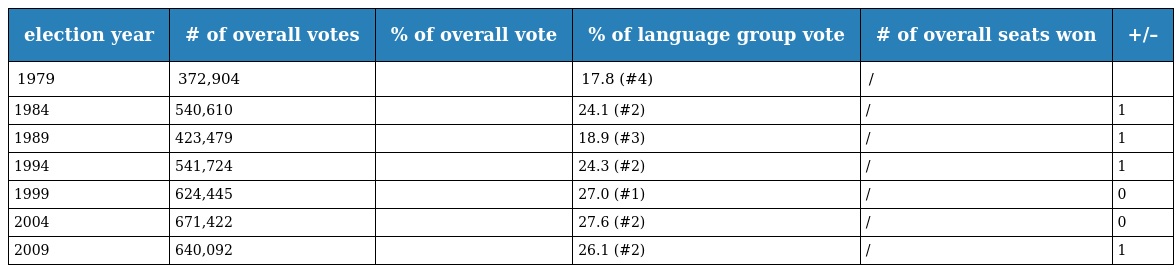
| election year | # of overall votes | % of overall vote | % of language group vote | # of overall seats won | +/– |
 | --- | --- | --- | --- | --- | --- |
 | 1979 | 372,904 |  | 17.8 (#4) | / |  |
 | 1984 | 540,610 |  | 24.1 (#2) | / | 1 |
 | 1989 | 423,479 |  | 18.9 (#3) | / | 1 |
 | 1994 | 541,724 |  | 24.3 (#2) | / | 1 |
 | 1999 | 624,445 |  | 27.0 (#1) | / | 0 |
 | 2004 | 671,422 |  | 27.6 (#2) | / | 0 |
 | 2009 | 640,092 |  | 26.1 (#2) | / | 1 |